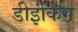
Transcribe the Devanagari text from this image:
डीइंकिंग